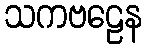
သကဗဠေန